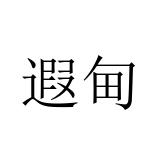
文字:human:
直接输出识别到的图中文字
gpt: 遐甸